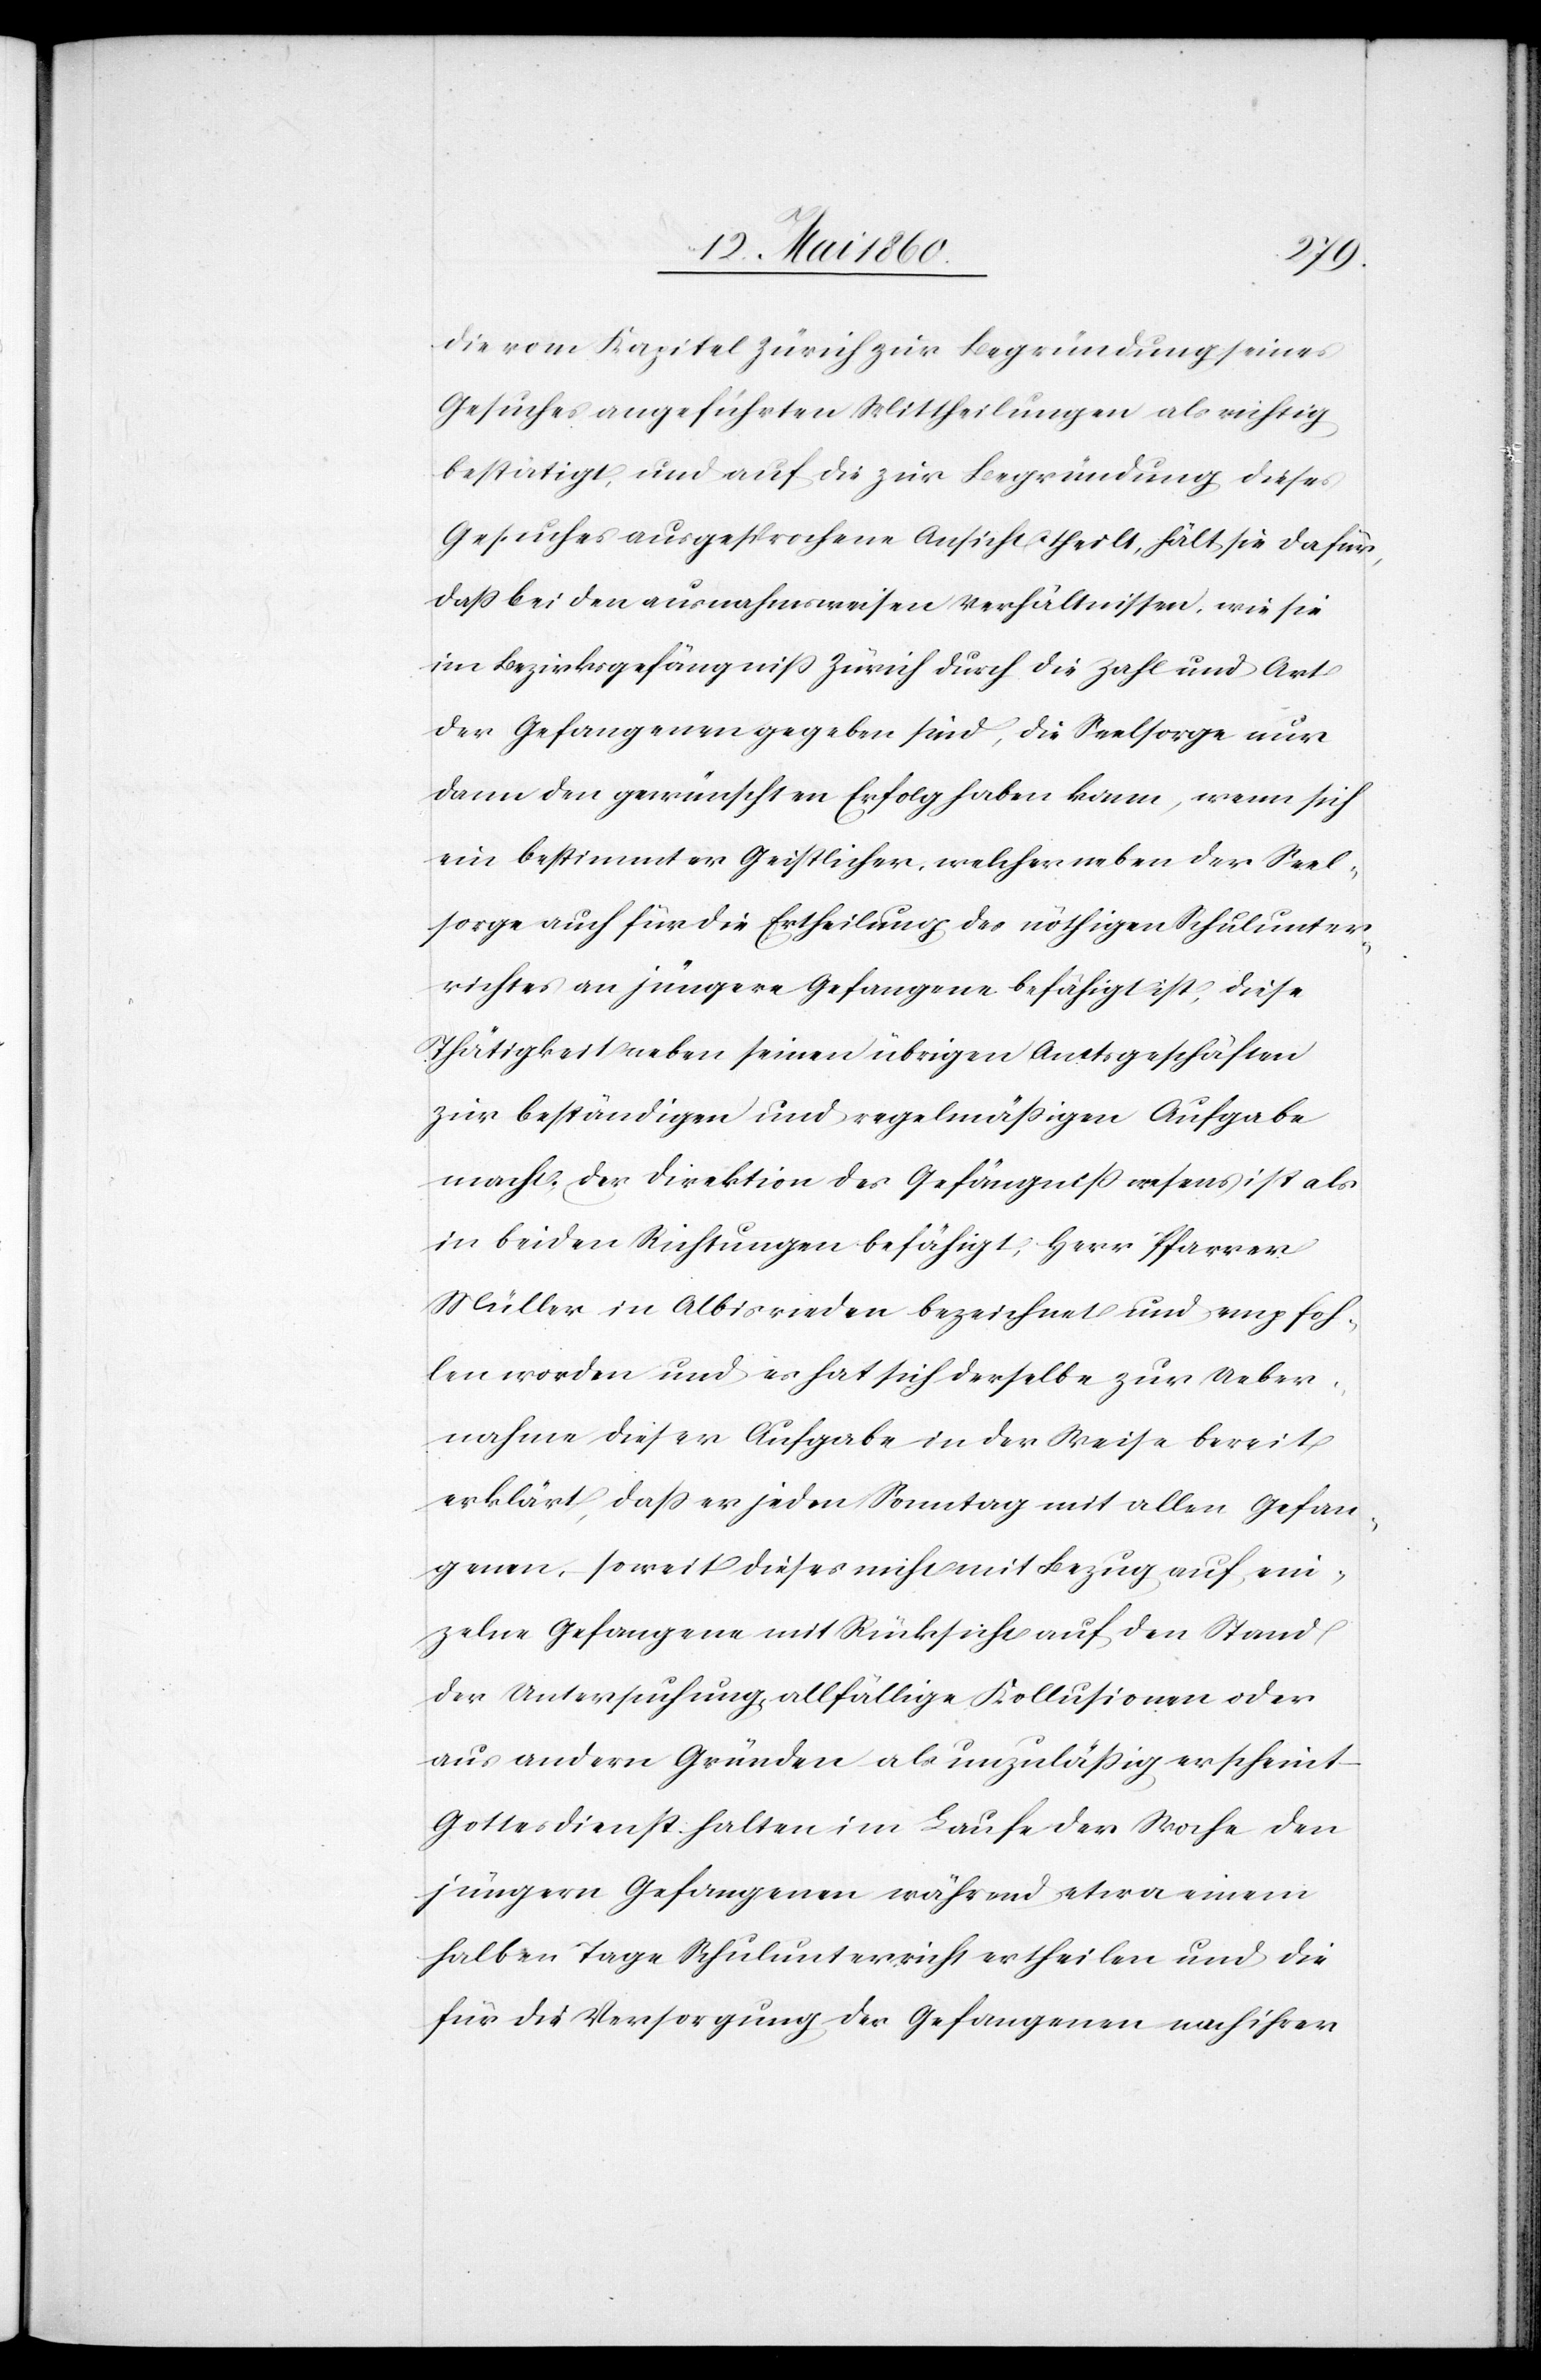
die vom Kapitel Zürich zur Begründung seines
Gesuches angeführten Mittheilungen als richtig
bestätigt, und auf die zur Begründung dieses
Gesuches ausgesprochene Ansicht theilt, hält sie dafür,
dass bei den ausnahmsweisen Verhältnissen, wie sie
im Bezirksgefängniss Zürich durch die Zahl und Art
der Gefangenen gegeben sind, die Seelsorge nur
dann den gewünschten Erfolg haben kann, wenn sich
ein bestimmter Geistlicher, welcher neben der Seel¬
sorge auch für die Ertheilung des nöthigen Schulunter¬
richtes an jüngere Gefangene befähigt ist, diese
Thätigkeit neben seinen übrigen Amtsgeschäften
zur beständigen und regelmäßigen Aufgabe
macht. Der Direktion des Gefängnisswesens ist als
in beiden Richtungen befähigt, Herr Pfarrer
Müller in Albisrieden bezeichnet und empfoh¬
len worden und es hat sich derselbe zur Ueber¬
nahme dieser Aufgabe in der Weise bereit
erklärt, dass er jeden Sonntag mit allen Gefan¬
genen, soweit dieses nicht mit Bezug auf ein¬
zelne Gefangene mit Rücksicht auf den Stand
der Untersuchung allfällige Kollusionen [sic!] oder
aus andern Gründen als unzulässig erscheint
Gottesdienst halten im Laufe der Woche den
jüngern Gefangenen während etwa einem
halben Tage Schulunterricht ertheilen und die
für die Versorgung der Gefangenen nach ihrer